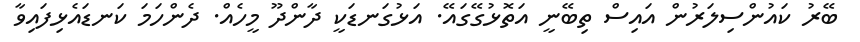
ބޭރު ކައުންސިލަރުން އައިސް ތިބޭނީ އަތޮޅުގޭގައޭ. އަޅުގަނޑަކީ ދާންދޫ މީހެއް. ދެންހަމަ ކަނޑައެޅިފައިވާ